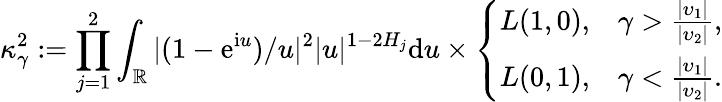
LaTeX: \kappa_{\gamma}^{2}:=\prod_{j=1}^{2}\int_{\mathbb{R}}|(1-\mathrm e^{\mathrm iu})/u|^{2}|u|^{1-2H_{j}}\mathrm du\times\left\{ \begin{array}{ll}{L(1,0),}&{\gamma>\frac{|\upsilon_{1}|}{|\upsilon_{2}|},}\\ {L(0,1),}&{\gamma<\frac{|\upsilon_{1}|}{|\upsilon_{2}|}.}\end{array}\right.